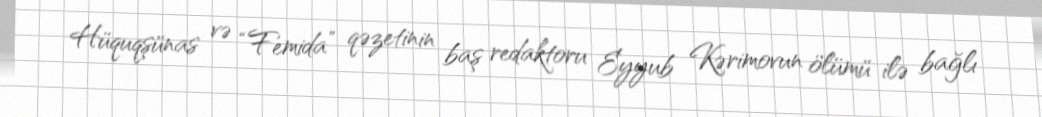
Hüquqşünas və “Femida” qəzetinin baş redaktoru Eyyub Kərimovun ölümü ilə bağlı